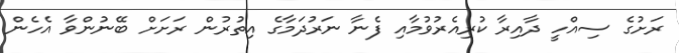
ރަށުގެ ސިއްހީ ދާއިރާ ކުރިއެރުވުމާއި ފެނާ ނަރުދަމާގެ އިތުރުން ރަށަށް ބޭނުންވާ އެހެން